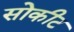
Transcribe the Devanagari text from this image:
सोकीट